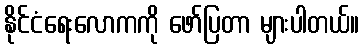
နိုင်ငံရေးလောကကို ဖော်ပြတာ များပါတယ်။